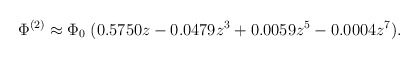
\begin{align*}\Phi^{(2)} \approx \Phi_0 \;(0.5750 z - 0.0479 z^3 + 0.0059 z^5- 0.0004 z^7).\end{align*}